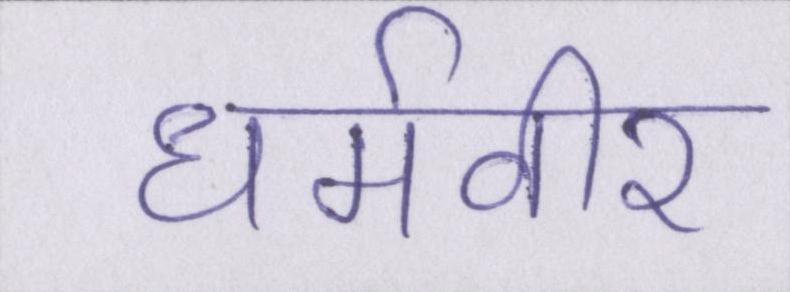
धर्मवीर